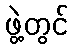
ဖွဲ့တွင်